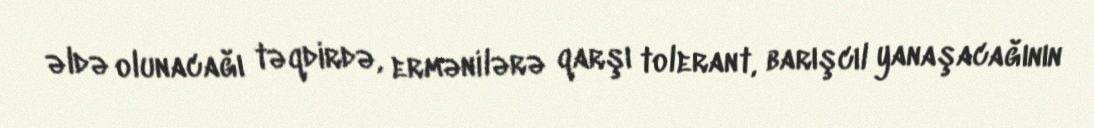
əldə olunacağı təqdirdə, ermənilərə qarşı tolerant, barışcıl yanaşacağının